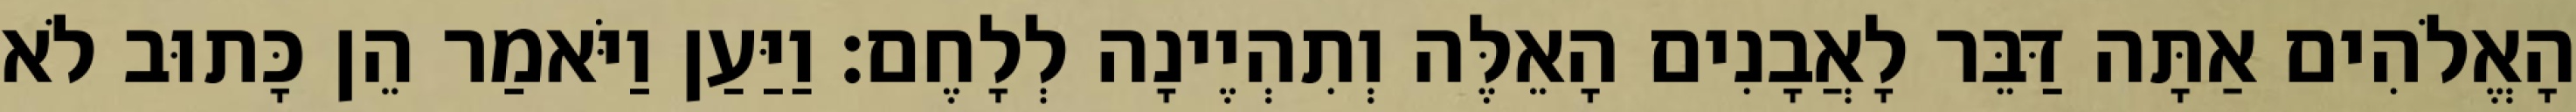
הָאֱלֹהִים אַתָּה דַּבֵּר לָאֲבָנִים הָאֵלֶּה וְתִהְיֶינָה לְלָחֶם׃ וַיַּעַן וַיֹּאמַר הֵן כָּתוּב לֹא